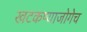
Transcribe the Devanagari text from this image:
खटकण्याजोगेच